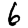
Digit: 6